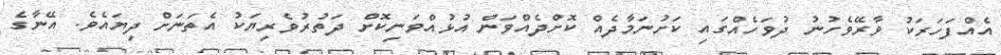
އެއްފަހަރަކު ވާރޭވެހުނު ދުވަހެއްގައި ކަށުނަމާދެއް ކޮށްދެއްވަން އުޅުއްވަނިކޮށް ދަތުުރުވެރިޔަކު އެތަނަށް ދިޔައެވެ. އޭނާގެ